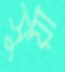
সুয়া